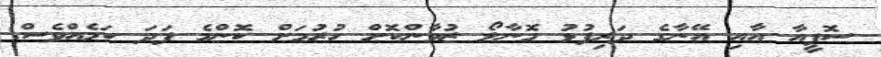
ސޮފީއާ އާއި އޭނާގެ ދަރިފުޅު މޮނާލޯ ޒުވާންކޮށް ހުރުމަށް ކޮންމެ ފަދަ ކަމެއްވެސް